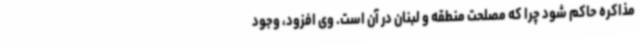
مذاکره حاکم شود چرا که مصلحت منطقه و لبنان در آن است. وی افزود، وجود